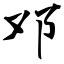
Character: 邓